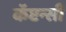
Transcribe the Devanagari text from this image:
कॅप्टन्सी